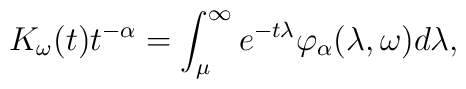
K_\omega(t)t^{-\alpha}=\int_{\mu}^{\infty} e^{-t\lambda} \varphi_\alpha (\lambda,\omega)d\lambda,